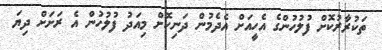
ތަކުރާރުކޮށް ފުލުހުންގެ އެހީއަށް އެދެމުން ދަނިކޮށް މިއަދު ފުލުހުން އެ ރަށަށް ދިޔަ